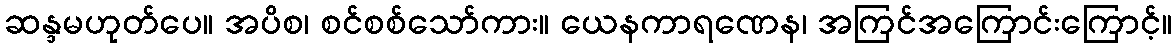
ဆန္ဒမဟုတ်ပေ။ အပိစ၊ စင်စစ်သော်ကား။ ယေနကာရဏေန၊ အကြင်အကြောင်းကြောင့်။